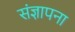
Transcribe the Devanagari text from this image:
संज्ञापना